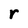
Character: r